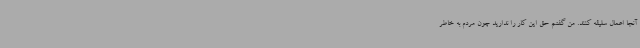
آنجا اعمال سلیقه کنند. من گفتم حق این کار را ندارید چون مردم به خاطر